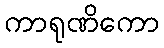
ကာရုဏိကော